Insane asylums in Bengal annual reports 1867-1875 - 1867-1875
Year: 1867
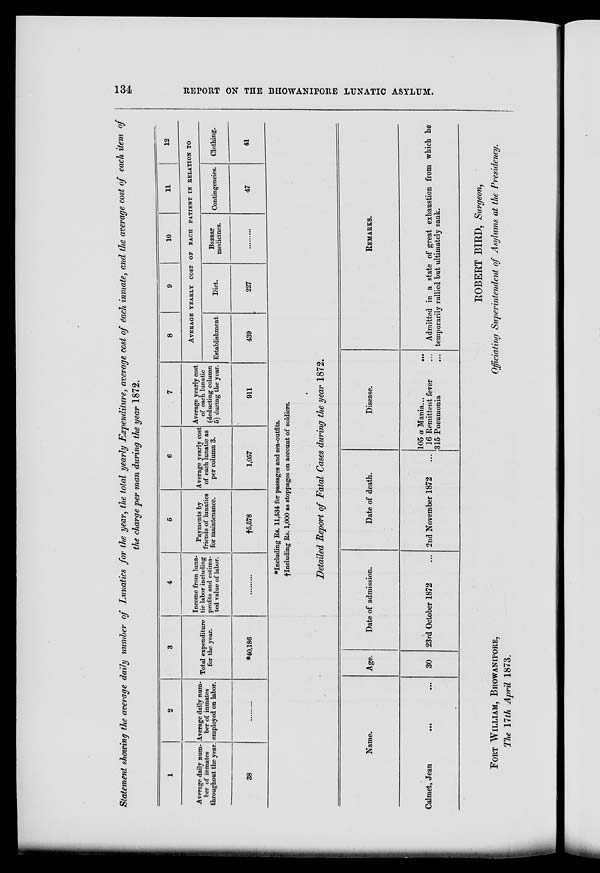
134
REPORT ON THE BHOWANIPORE LUNATIC ASYLUM.
Statement showing the average daily number of Lunatics for the year, the total yearly Expenditure, average cost of each inmate, and the average cost of each item of
the charge per man during the year 1872.
1
Average daily num-
ber of inmates
throughout the year.
38
2
Average daily num-
ber of inmates
employed on labor.
..........
3
Total expenditure
for the year.
*40,186
4
Income from luna-
tic labor including
profits and estima-
ted value of labor.
.........
5
Payments by
friends of lunatics
for maintenance.
† 5,578
6
Average yearly cost
of each lunatic as
per column 3.
1,057
7
Average yearly cost
of each lunatic
(deducting column
5) during the year.
911
8
9
10
11
12
AVERAGE YEARLY COST OF EACH PATIENT IN RELATION TO
Establishment.
439
Diet.
227
Bazaar
medicines.
........
Contingencies.
47
Clothing.
41
*Including Rs. 11,534 for passages and sea-outfits.
†Including Rs. 1,000 as stoppages on account of soldiers.
Detailed Report of Fatal Cases during the year 1872.
Name.
Calmet, Jean
...
...
Age.
30
Date of admission.
23rd October 1872 ...
Date of death.
2nd November 1872 ...
Disease.
105 a Mania...
...
16 Remittent fever ...
315 Pneumonia ...
REMARKS.
Admitted in a state of great exhaustion from which he
temporarily rallied but ultimately sank.
FORT WILLIAM, BHOWANIPORE,
The 17th April 1873.
ROBERT BIRD, Surgeon,
Officiating Superintendent of Asylums at the Presidency.